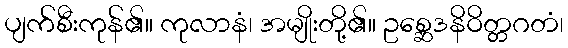
ပျက်စီးကုန်၏။ ကုလာနံ၊ အမျိုးတို့၏။ ဥစ္ဆေဒနိဝိတ္တဂတံ၊